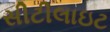
સીટીલાઇટ